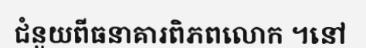
ជំនួយពីធនាគារពិភពលោក ។នៅ